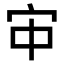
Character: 𫲹